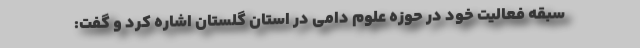
سبقه فعالیت خود در حوزه علوم دامی در استان گلستان اشاره کرد و گفت: